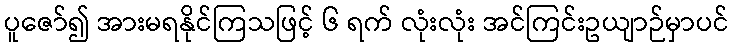
ပူဇော်၍ အားမရနိုင်ကြသဖြင့် ၆ ရက် လုံးလုံး အင်ကြင်းဥယျာဉ်မှာပင်